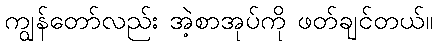
ကျွန်တော်လည်း အဲ့စာအုပ်ကို ဖတ်ချင်တယ်။